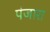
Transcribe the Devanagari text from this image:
पंजारा